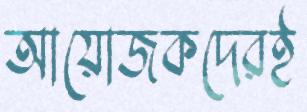
আয়োজকদেরই